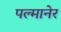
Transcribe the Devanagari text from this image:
पल्मानेर